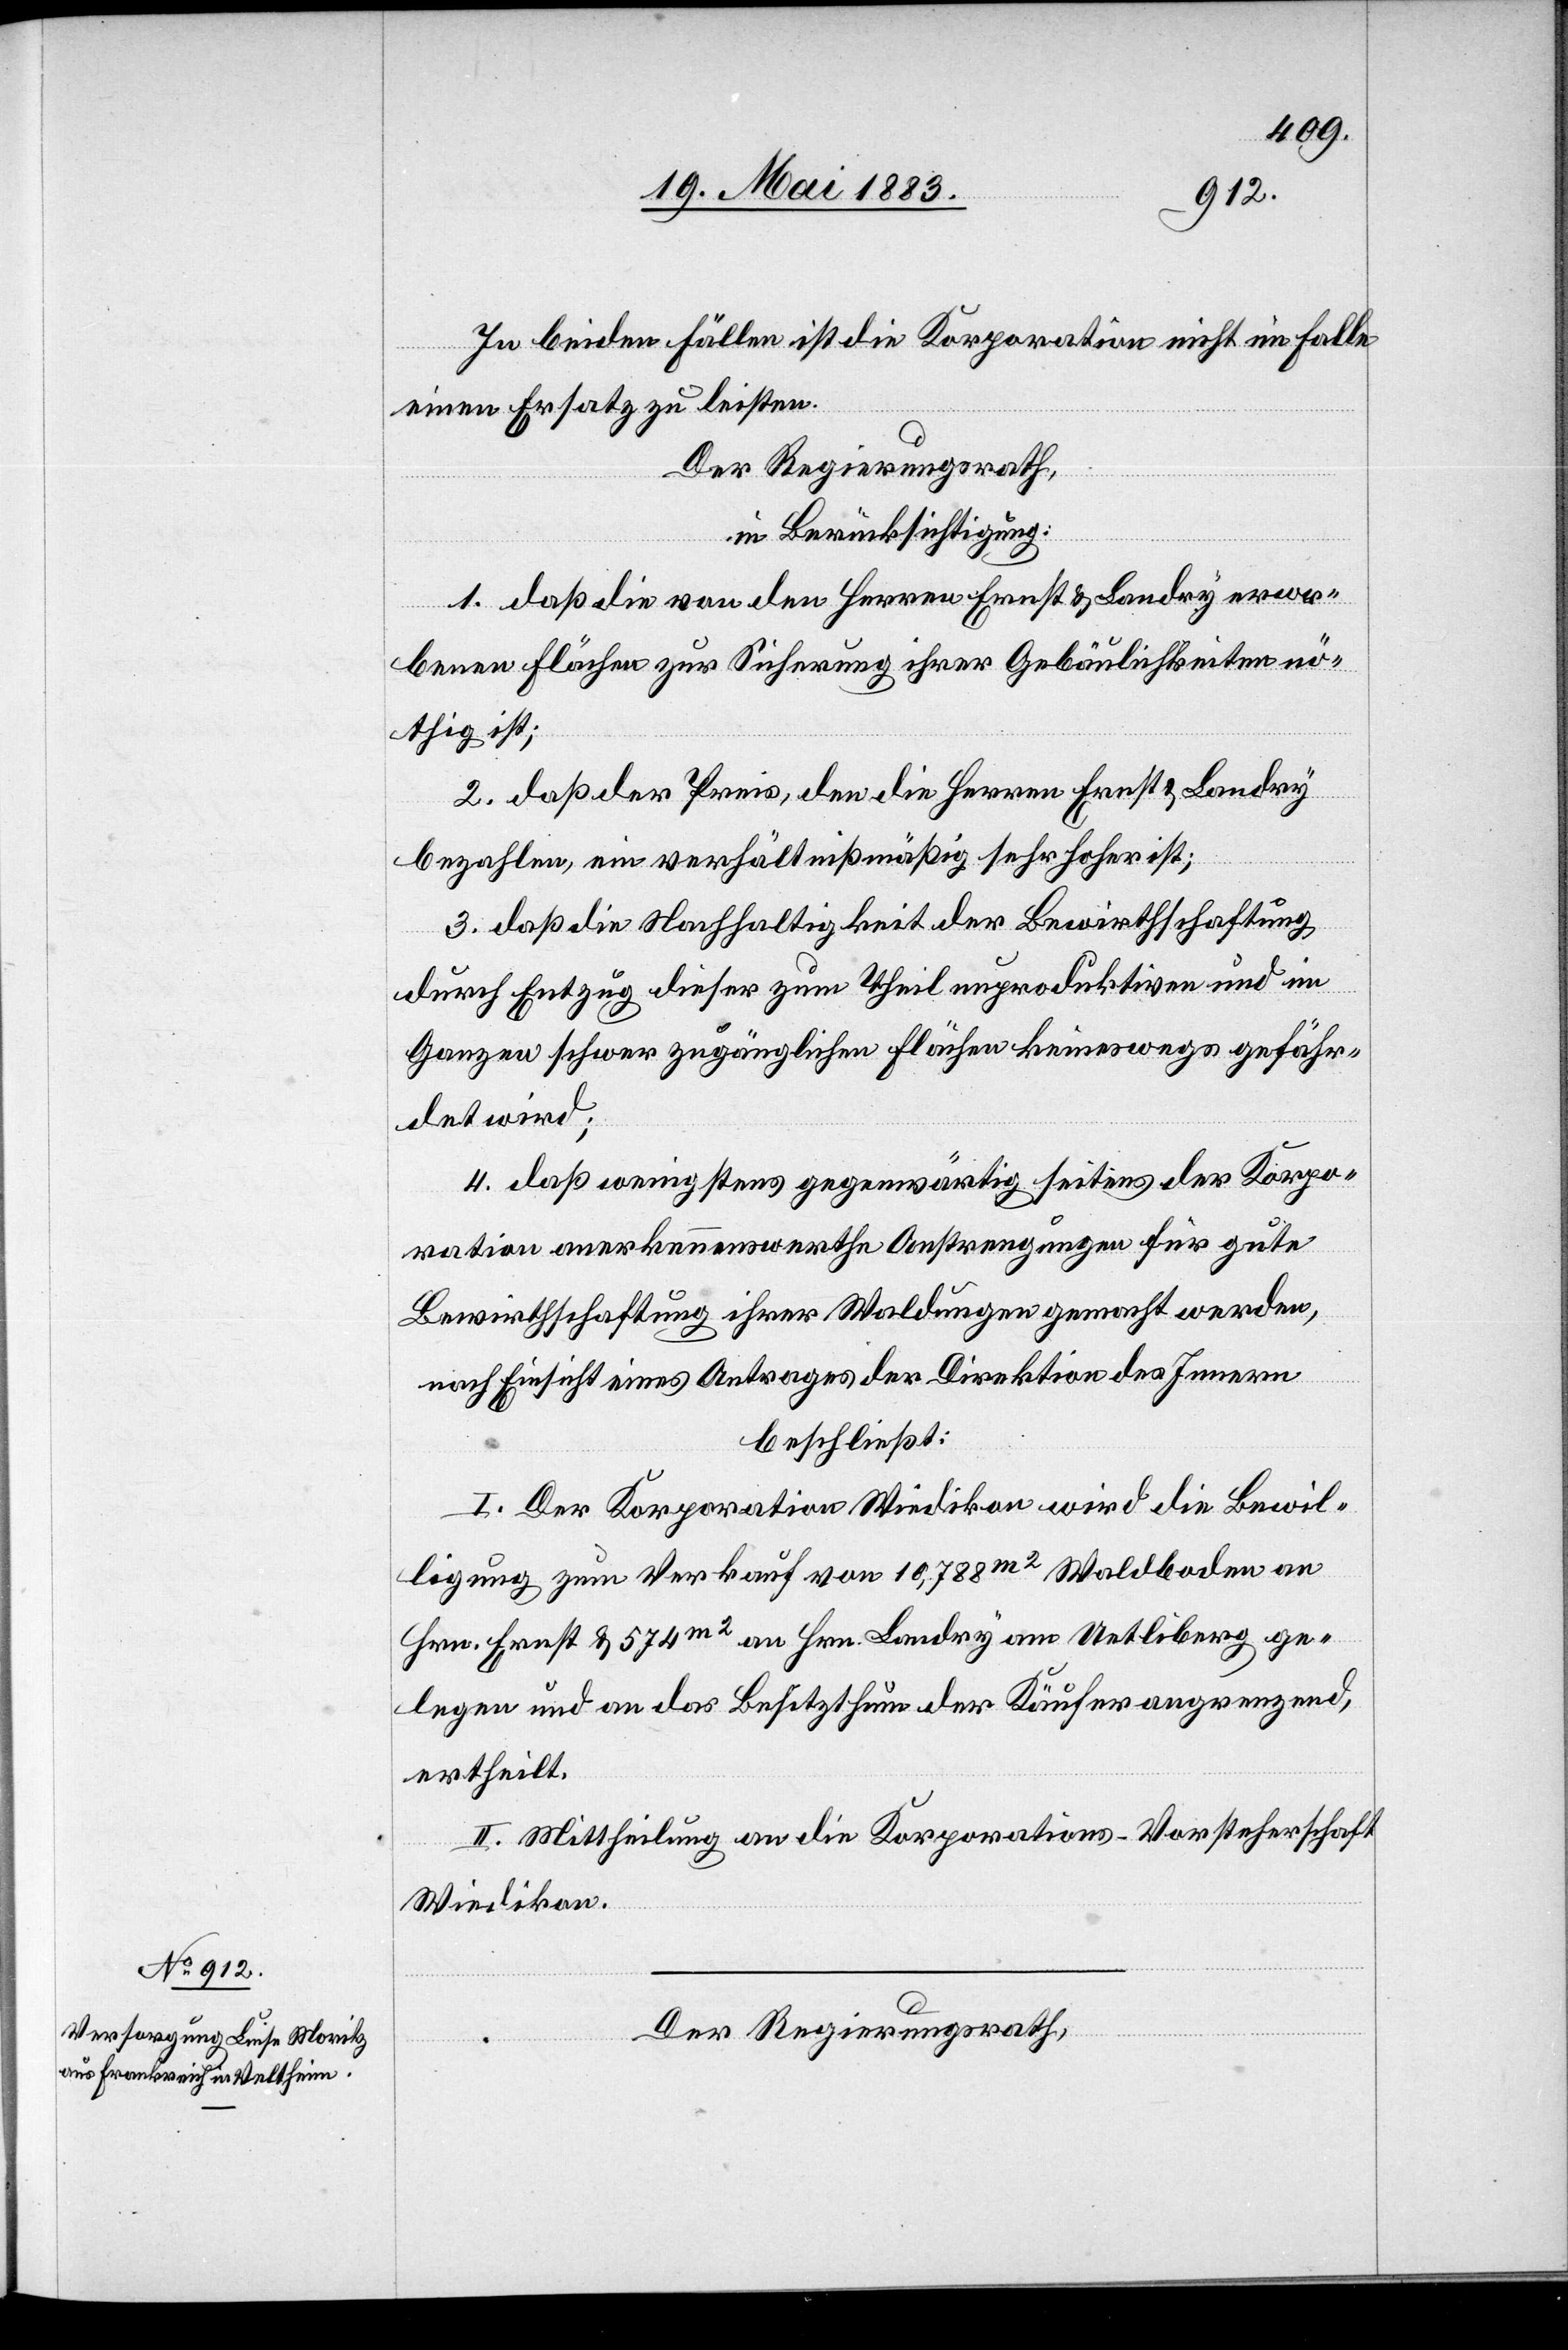
In beiden Fällen ist die Korporation nicht im Falle
einen Ersatz zu leisten.
Der Regierungsrath,
in Berücksichtigung:
1. daß die von den Herren Ernst & Landry erwor¬
benen Flächen zur Sicherung ihrer Gebäulichkeiten nö¬
thig ist;
2. daß der Preis, den die Herren Ernst & Landry
bezahlen, ein verhältnißmäßig sehr hoher ist;
3. daß die Nachhaltigkeit der Bewirthschaftung
durch Entzug dieser zum Theil unproduktiven und im
Ganzen schwer zugänglichen Flächen keineswegs gefähr¬
det wird;
4. daß wenigstens gegenwärtig seitens der Korpo¬
ration anerkennenswerthe Anstrengungen für gute
Bewirthschaftung ihrer Waldungen gemacht werden,
nach Einsicht eines Antrages der Direktion des Innern
beschließt:
I. Der Korporation Wiedikon wird die Bewil¬
ligung zum Verkauf von 10,788m2 Waldboden an
Hrn. Ernst & 574m2 an Hrn. Landry am Uetliberg ge¬
legen und an das Besitzthum der Käufer angrenzend,
ertheilt.
II. Mittheilung an die Korporations-Vorsteherschaft
Wiedikon.
Der Regierungsrath,